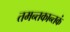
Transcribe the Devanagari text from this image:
तमन्तकान्तकं